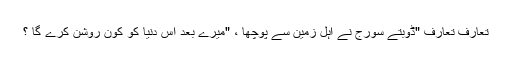
تعارف تعارف "ڈوبتے سورج نے اہل زمین سے پوچھا ، "میرے بعد اس دنیا کو کون روشن کرے گا ؟